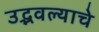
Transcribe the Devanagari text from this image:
उद्भवल्याचे